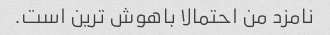
نامزد من احتمالا باهوش ترین است.